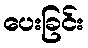
ပေးခြင်း